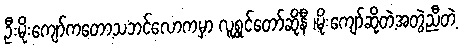
ဦးမိုးကျော်ကတော့သဘင်လောကမှာ လူရွှင်တော်ဆိုနီ ၊မိုးကျော်ဆိုတဲ့အတွဲညီတဲ့